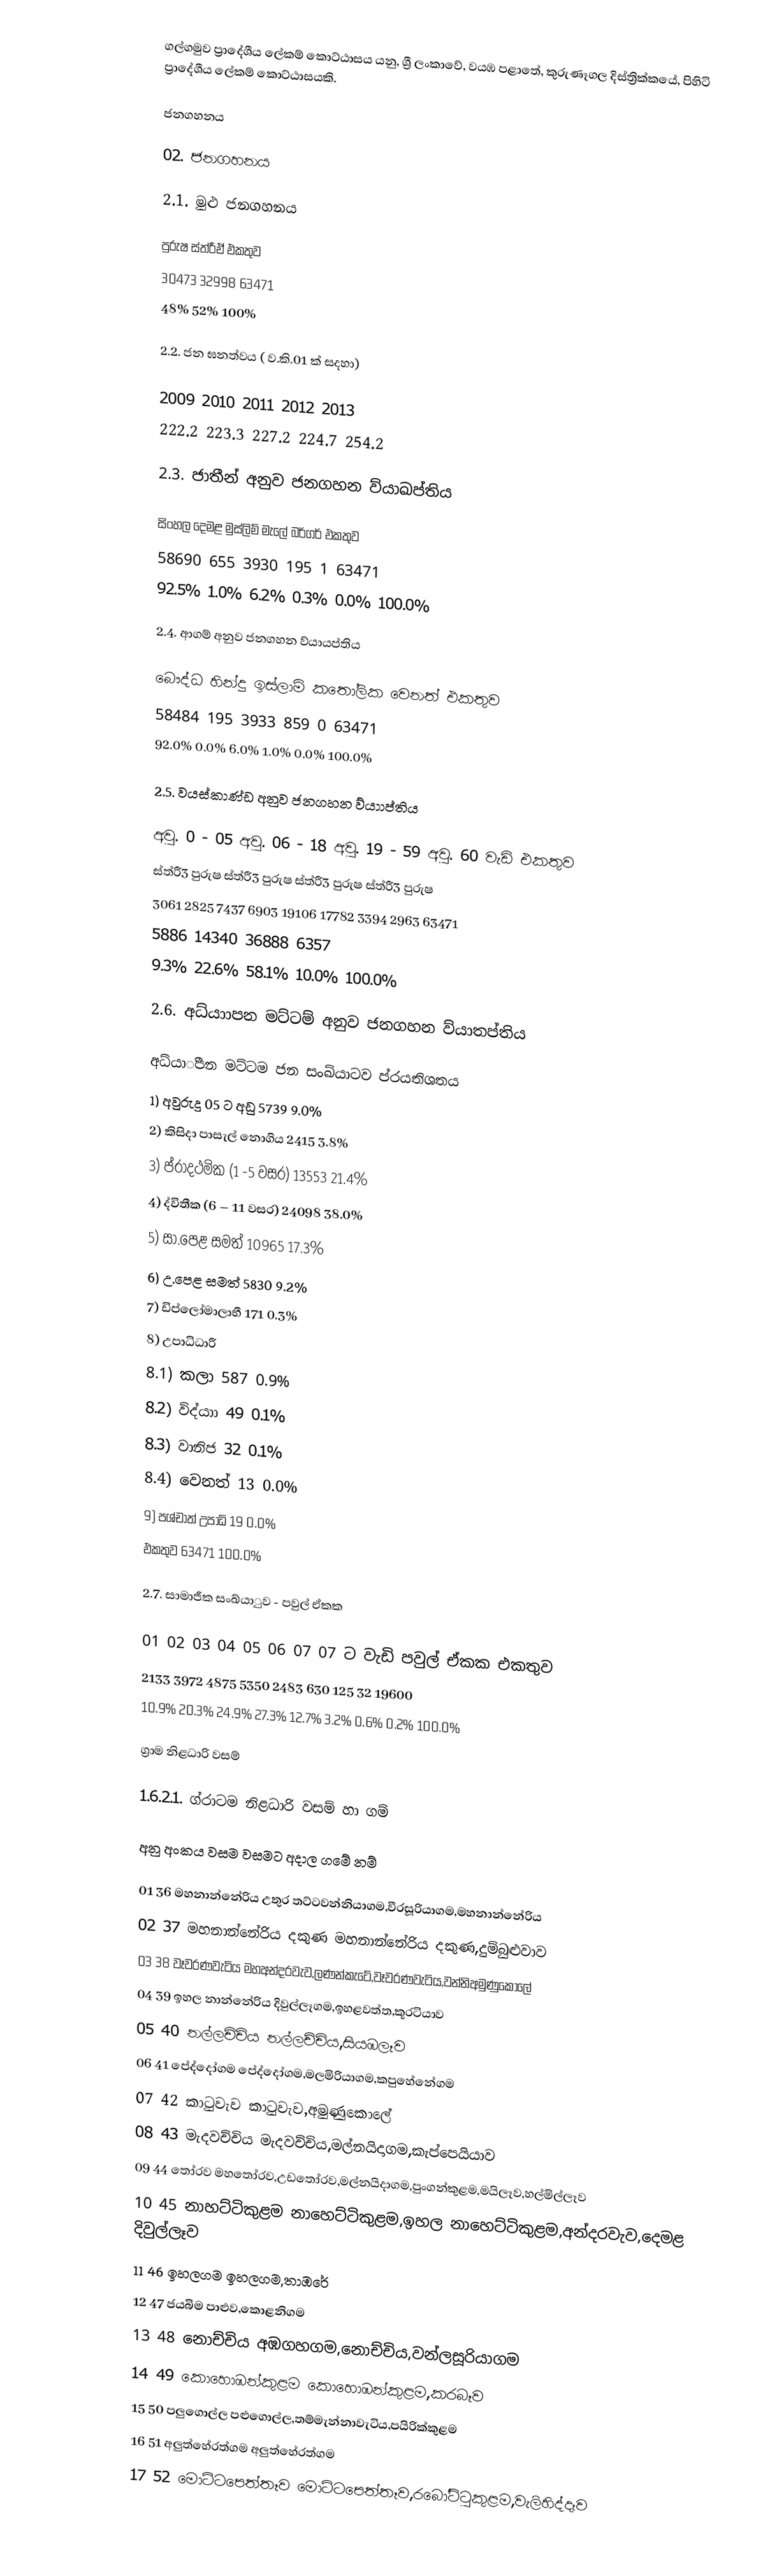
ගල්ගමුව ප්‍රාදේශීය ලේකම් කොට්ඨාසය යනු,  ශ්‍රී ලංකාවේ, වයඹ පළාතේ,   කුරුණෑගල දිස්ත්‍රික්කයේ, පිහිටි ප්‍රාදේශීය ලේකම් කොට්ඨාසයකි.

ජනගහනය

02.  ජනගහනය

2.1.  මුළු ජනගහනය

පුරුෂ	ස්ත්රීඒ	එකතුව
30473	32998	63471
48%	52%	100%

2.2.  ජන ඝනත්වය ( ව.කි.01 ක් සදහා)

2009	2010	2011	2012	2013
222.2	223.3	227.2	224.7	254.2

2.3.  ජාතීන් අනුව ජනගහන ව්යාඛප්තිය

සිංහල	දෙමළ	මුස්ලිම්	මැලේ	බර්ගර්	එකතුව
58690	655	3930	195	1	63471
92.5%	1.0%	6.2%	0.3%	0.0%	100.0%

2.4.  ආගම් අනුව ජනගහන ව්යායප්තිය

බෞද්ධ	හින්දු	ඉස්ලාම්	කතෝලික	වෙනත්	එකතුව
58484	195	3933	859	0	63471
92.0%	0.0%	6.0%	1.0%	0.0%	100.0%

2.5.  වයස්කාණ්ඩ අනුව ජනගහන ව්යාාප්තිය

අවු.  0 - 05	අවු.  06 - 18	අවු.  19 - 59	අවු.   60 වැඩි	එකතුව
ස්ත්රී3	පුරුෂ	ස්ත්රී3	පුරුෂ	ස්ත්රී3	පුරුෂ	ස්ත්රී3	පුරුෂ
3061	2825	7437	6903	19106	17782	3394	2963	63471
5886	14340	36888	6357
9.3%	22.6%	58.1%	10.0%	100.0%

2.6.  අධ්යාාපන මට්ටම් අනුව ජනගහන ව්යාතප්තිය

අධ්යාීපන මට්ටම	ජන සංඛ්යාටව	ප්රයතිශතය
1)   අවුරුදු 05 ට අඩු	5739	9.0%
2)   කිසිදා පාසැල් නොගිය	2415	3.8%
3)   ප්රාදථමික (1 -5 වසර)	13553	21.4%
4)   ද්විතීක (6 – 11 වසර)	24098	38.0%
5)   සා.පෙළ සමත්	10965	17.3%
6)   උ.පෙළ සමත්	5830	9.2%
7)   ඩිප්ලෝමාලාභී	171	0.3%
8)   උපාධිධාරී
	8.1) කලා	587	0.9%
	8.2) විද්යාා	49	0.1%
	8.3) වානිජ	32	0.1%
	8.4) වෙනත්	13	0.0%
9)    පශ්චාත් උපාධි 	19	0.0%
එකතුව	63471	100.0%

2.7.  සාමාජීක සංඛ්යාුව - පවුල් ඒකක

01	02	03	04	05	06	07	07 ට වැඩි	පවුල් ඒකක එකතුව
2133	3972	4875	5350	2483	630	125	32	19600
10.9%	20.3%	24.9%	27.3%	12.7%	3.2%	0.6%	0.2%	100.0%

ග්‍රාම නිළධාරි වසම්

1.6.2.1.  ග්රාටම නිළධාරි වසම් හා ගම්

අනු අංකය	වසම	වසමට අදාල ගමේ නම්

01	36 මහනාන්නේරිය උතුර	තට්ටවන්නියාගම,වීරසූරියාගම,මහනාන්නේරිය
02	37 මහනාන්නේරිය දකුණ	මහනාන්නේරිය දකුණ,දුම්බුළුවාව
03	38 වෑවරණවැටිය	                     මහඅන්දරවැව,ලණන්කැටේ,වෑවරණවැටිය,වන්නිඅමුණුකොලේ
04	39 ඉහල නාන්නේරිය	                     දිවුල්ලෑගම,ඉහළවත්ත,කූරටියාව
05	40 නල්ලචිචිය	නල්ලච්චිය,සියඹලෑව
06	41 පේද්දෝගම	පේද්දෝගම,මලමිරියාගම,කපුහේනේගම
07	42 කාටුවැව	කාටුවැව,අමුණුකොලේ
08	43 මැදවච්චිය	මැදවච්චිය,මල්නයිදාගම,කැප්පෙයියාව
09	44 තෝරව	මහතෝරව,උඩතෝරව,මල්නයිදාගම,පුංගන්කුළම,මයිලෑව,හල්මිල්ලෑව
10	45 නාහට්ටිකුළම	නාහෙට්ටිකුළම,ඉහල නාහෙට්ටිකුළම,අන්දරවැව,දෙමළ දිවුල්ලෑව
11	46 ඉහලගම	ඉහලගම,තාඹරේ
12	47 ජයබිම	පාළුව,කොළනිගම
13	48 නොච්චිය	අඹගහගම,නොච්චිය,වන්ලසූරියාගම
14	49 කොහොඹන්කුළම	කොහොඹන්කුළම,කරබෑව
15	50 පලුගොල්ල	පළුගොල්ල,තම්මැන්නාවැටිය,පයිරික්කුළම
16	51 අලුත්හේරත්ගම	අලුත්හේරත්ගම
17	52 මොට්ටපෙත්තෑව	මොට්ටපෙත්තෑව,රබෝට්ටුකුළම,වැලිහිද්දෑව